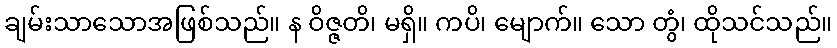
ချမ်းသာသောအဖြစ်သည်။ န ဝိဇ္ဇတိ၊ မရှိ။ ကပိ၊ မျောက်။ သော တွံ၊ ထိုသင်သည်။